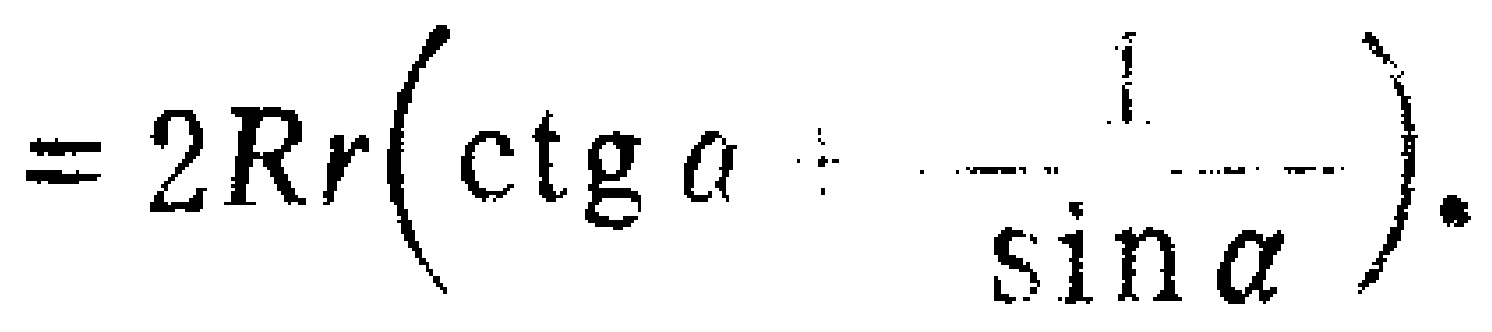
$=2Rr\left(\text{ctg}\alpha+\frac{1}{\sin\alpha}\right).$